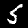
Label: 5